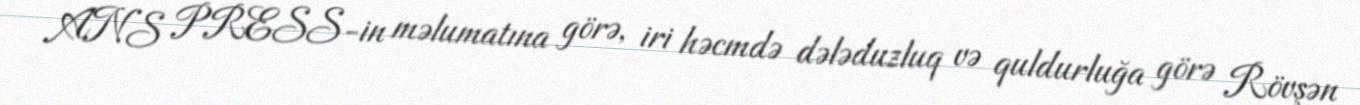
ANS PRESS-in məlumatına görə, iri həcmdə dələduzluq və quldurluğa görə Rövşən